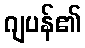
ဂျပန်၏